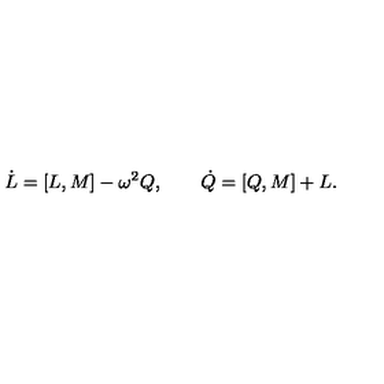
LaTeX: \dot { L } = [ L , M ] - \omega ^ { 2 } Q , \qquad \dot { Q } = [ Q , M ] + L .